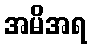
အမိအရ